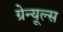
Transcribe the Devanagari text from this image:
ग्रेन्यूल्स